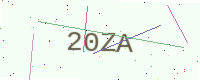
Text: 20ZA